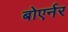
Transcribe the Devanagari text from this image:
बोएर्नर